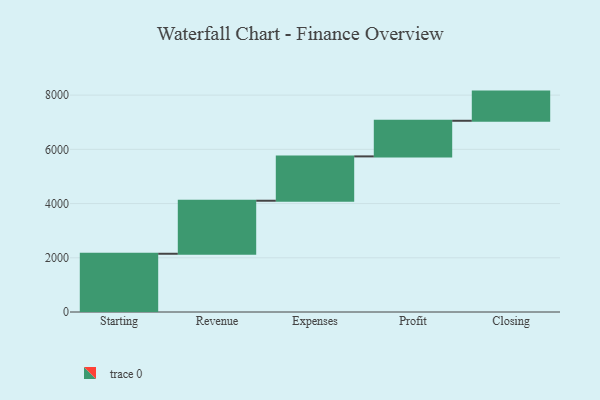
{"axis": {"x": "Step", "y": "Value"}, "legend": [""], "data": [{"x": "Starting", "y": 2148.0, "type": ""}, {"x": "Revenue", "y": 1956.0, "type": ""}, {"x": "Expenses", "y": 1635.0, "type": ""}, {"x": "Profit", "y": 1314.0, "type": ""}, {"x": "Closing", "y": 1076.0, "type": ""}]}